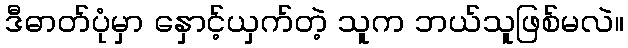
ဒီဓာတ်ပုံမှာ နှောင့်ယှက်တဲ့ သူက ဘယ်သူဖြစ်မလဲ။